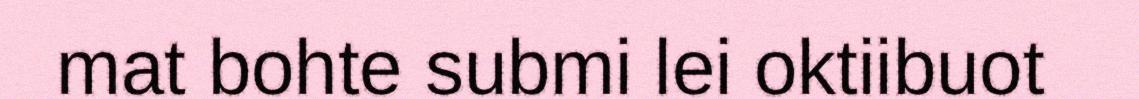
mat bohte submi lei oktiibuot